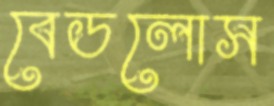
বেডলোস